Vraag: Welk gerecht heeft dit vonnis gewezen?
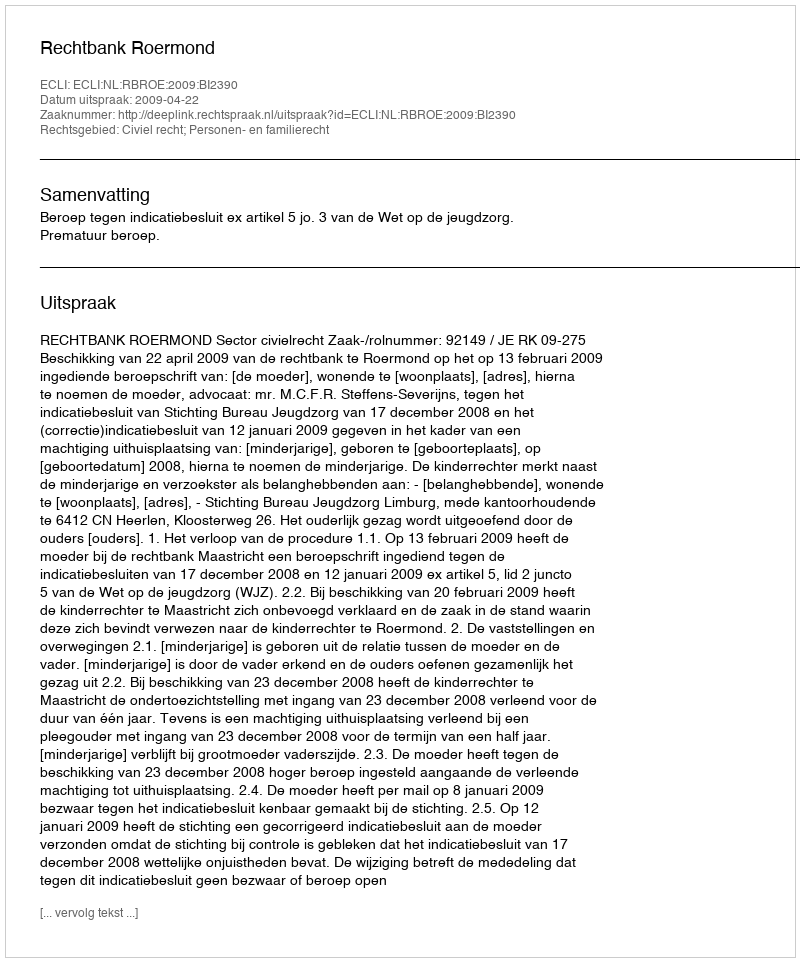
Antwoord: Rechtbank Roermond